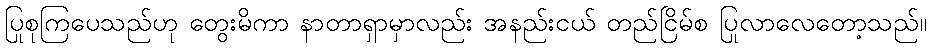
ပြုစုကြပေသည်ဟု တွေးမိကာ နာတာရှာမှာလည်း အနည်းငယ် တည်ငြိမ်စ ပြုလာလေတော့သည်။